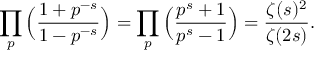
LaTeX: \prod _ { p } { \Big ( } { \frac { 1 + p ^ { - s } } { 1 - p ^ { - s } } } { \Big ) } = \prod _ { p } { \Big ( } { \frac { p ^ { s } + 1 } { p ^ { s } - 1 } } { \Big ) } = { \frac { \zeta ( s ) ^ { 2 } } { \zeta ( 2 s ) } } .